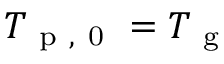
T _ { \mathrm { ~ p ~ , ~ 0 ~ } } = T _ { \mathrm { ~ g ~ } }